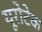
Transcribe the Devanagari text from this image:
यूरोटेक